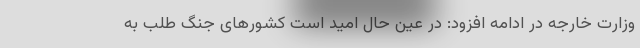
وزارت خارجه در ادامه افزود: در عین حال امید است کشورهای جنگ طلب به